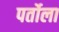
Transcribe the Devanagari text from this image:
पर्तोला